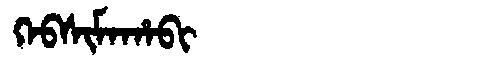
Manchu: ᡴᡝᠪᠰᡳᠮᠠᡥᠠᠪᡳ
Romanization: KEBSIMAHABI